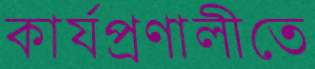
কার্যপ্রণালীতে